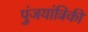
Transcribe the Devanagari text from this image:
पुंजयांत्रिकी